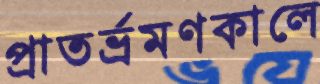
প্রাতর্ভ্রমণকালে